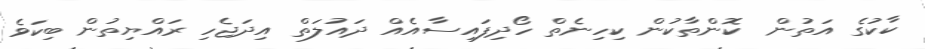
ކާކުގެ އަތުން  ކޮންތާކުން ކިހިނެތް ހޯދިފައިސާއެއް ދައުލަތް އިދަޖެހި ރައްޔިތުން ބިކަވެ